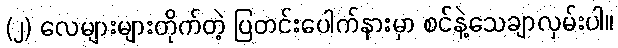
(၂) လေများများတိုက်တဲ့ ပြတင်းပေါက်နားမှာ စင်နဲ့သေချာလှမ်းပါ။